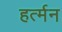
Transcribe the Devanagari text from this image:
हर्त्मन